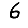
Digit: 6